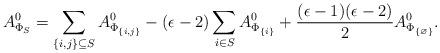
LaTeX: \begin{align*}A_{\Phi_S}^0 = \sum_{\{i,j\} \subseteq S} A_{\Phi_{\{i,j\}}}^0 - (\epsilon-2)\sum_{i \in S}A_{\Phi_{\{i\}}}^0 + \frac{(\epsilon-1)(\epsilon-2)}{2}A_{\Phi_{\{ \varnothing\}}}^0.\end{align*}